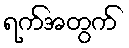
ရက်အတွက်